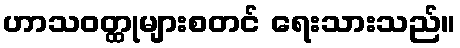
ဟာသဝတ္ထုများစတင် ရေးသားသည်။